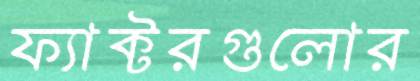
ফ্যাক্টরগুলোর